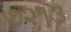
૭૨૧૩